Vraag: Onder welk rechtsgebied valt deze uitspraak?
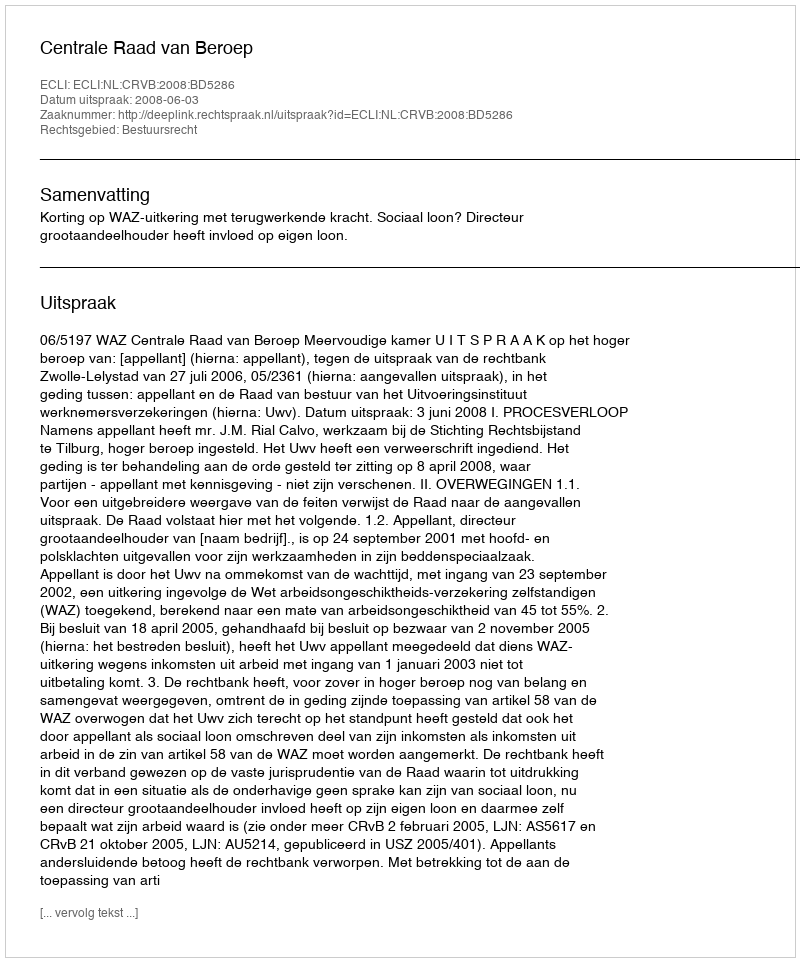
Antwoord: Bestuursrecht